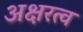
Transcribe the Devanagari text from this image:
अक्षरत्व